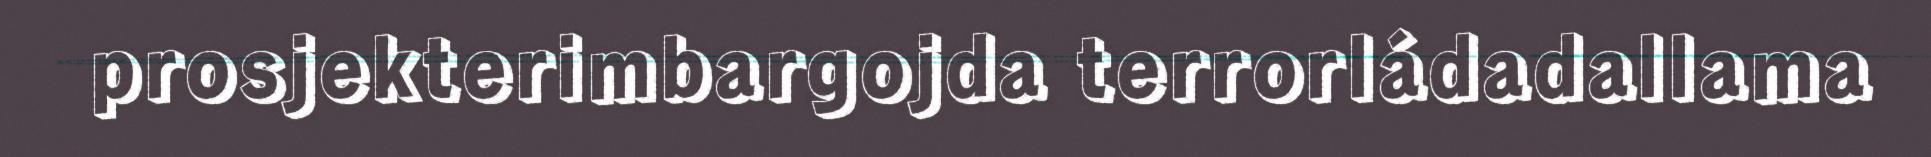
prosjekterimbargojda terrorládadallama